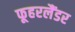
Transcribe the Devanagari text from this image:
फूहरलैंडर